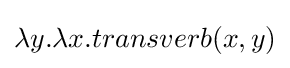
\lambda y.\lambda x.transverb(x,y)